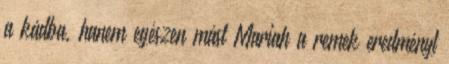
a kádba, hanem egészen mást Mariah a remek eredményt